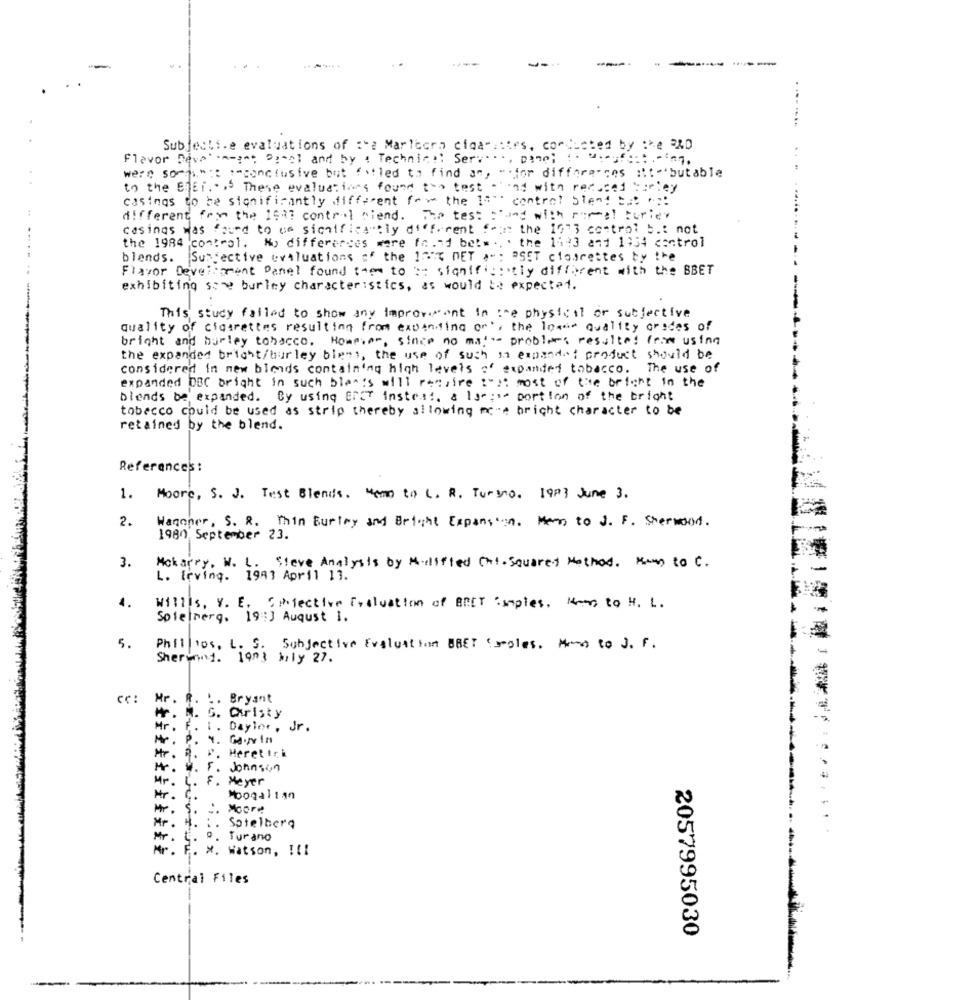
----
-----
..
..
Subjecti.e evaluations of :"a Marlboro cigarettes, conducted by the PAD
Flavor Deva's^-^* Penal and by : Technical Serve .., pane; 1. w.auf :::.- ing.
were somma" :: : "conclusive but failed to find an, "for differences :t :""butable
to the BET .... These evaluations found the test o'and with reduced barley
casings to be significantly different fo> the 10" control bient but ..:
different from the 1623 control miend. The test :"and with ramal turley
casings was found to we significantly different from the 1623 control b .: not
the 1984 control. My differences were fo .- 1 betw .. . the 14:3 and 1934 control
blends. Subjective evaluations of the 1077 DET >": "SET closrettes by the
Flavor Development Panel found them to be significantly different with the BBET
exhibiting sor burley characteristics, as would be expected.
This study failed to show any Improvement in the physical or subjective
quality of cigarettes resulting from expanding or', the lower Quality crades of
bright and burley tobacco. However, since no mal -- problems resulte! from using
the expanded bright/burley blens, the use of such an expanded product should be
considered in new blends containing high levels a' expanded tobacco. The use of
expanded DBC bright in such blemis will require :"at most of the bright in the
Diends be expanded. By using ErCT Instest, & Is";"> portion of the bright
tobacco could be used as strip thereby allowing mere bright character to be
retained by the blend.
References :
1. Moore, S. J. Test Blends. Mom to L. R. Turyno. 1983 June 3.
2.
Wagoner, S. R. Thin Burtry and Bright Expansion. Men to J. F. Sherwood.
1980 September 23.
3.
Mokarry, W. L. Sieve Analysis by Modified Chi- Squared Method. Kom to C.
L. Irving. 1943 April 13.
4.
Willis, V. E. Sinfective Evaluation of BRET Cumples. Men to H. L.
Spielberg. 19:) August 1.
5.
Phillips, L. S. Subjective Evaluation BBET (regles. Ama to J. F.
Shermang. lang bily 27.
CC:
Mr. R. L. Bryant
H. M. G. Christy
Mr. F. I . Dayler , Jr .
Mr. P. V. Garvin
Mr. R. P. Meretiri
Mr. W. F. Johnson
Mr. L. F. Meyer
Mr .
C.
Moogallin
Mr. S.
2. Moore
Mr. H. : .
..
Sotelberg
Mr.
E. º. Turano
Mr. F. X. Watson, !!!
Central Files
2057995030